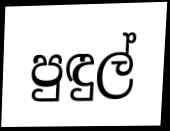
පුඳුල්